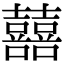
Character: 囍